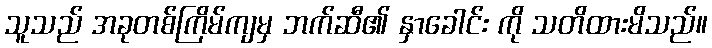
သူသည် အခုတစ်ကြိမ်ကျမှ ဘက်ဆီ၏ နှာခေါင်း ကို သတိထားမိသည်။